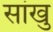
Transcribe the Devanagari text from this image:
सांखु